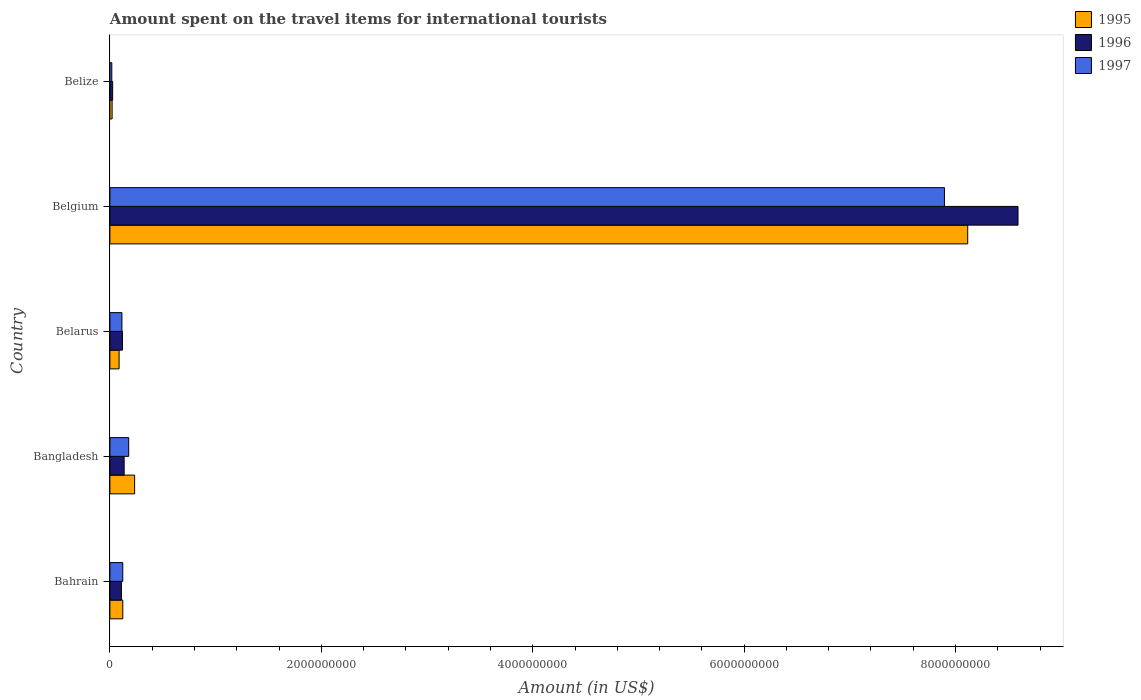
| Country | 1995 | 1996 | 1997 |
 | --- | --- | --- | --- |
 | Bahrain | 1.22e+08 | 1.09e+08 | 1.22e+08 |
 | Bangladesh | 2.34e+08 | 1.35e+08 | 1.78e+08 |
 | Belarus | 8.7e+07 | 1.19e+08 | 1.14e+08 |
 | Belgium | 8.12e+09 | 8.59e+09 | 7.9e+09 |
 | Belize | 2.1e+07 | 2.6e+07 | 1.8e+07 |